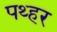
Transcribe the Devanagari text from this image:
पथ्हर